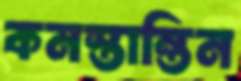
কনস্তান্তিন